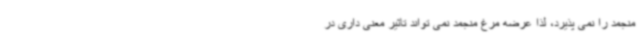
منجمد را نمی پذیرد، لذا عرضه مرغ منجمد نمی تواند تاثیر معنی داری در